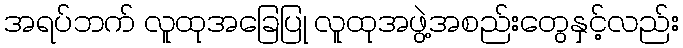
အရပ်ဘက် လူထုအခြေပြု လူထုအဖွဲ့အစည်းတွေနှင့်လည်း